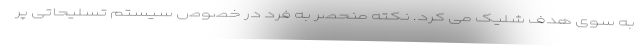
به سوی هدف شلیک می کرد. نکته منحصر به فرد در خصوص سیستم تسلیحاتی پر